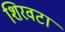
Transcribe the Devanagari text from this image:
शिरवटा